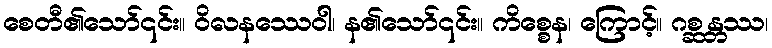
စေတီ၏သော်၎င်း။ ဝိလနဿေဝါ၊ န၏သော်၎င်း။ ကိစ္စေန၊ ကြောင့်။ ဂစ္ဆန္တဿ၊